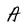
Character: A